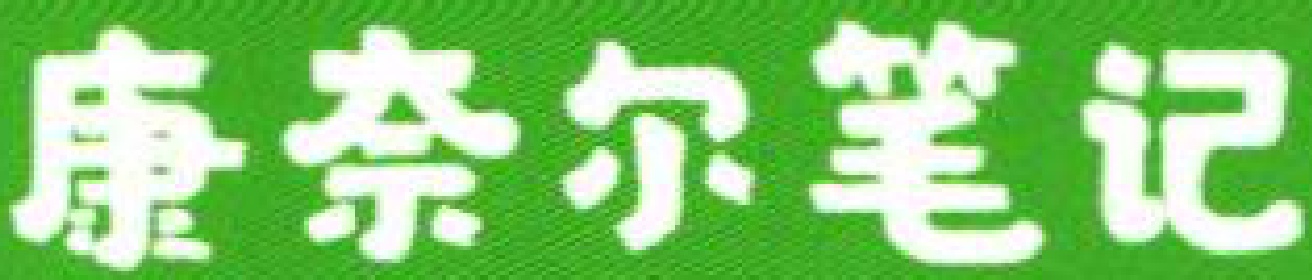
康奈尔笔记